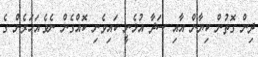
ދިން ގޮތުން ކިޔާން އާއި ސަދާ އުޅެނީ ކައިވެނި ކޮއްގެން ނެވެ.އަހަރެން ގެ